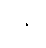
ရုန်း